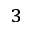
^ 3